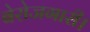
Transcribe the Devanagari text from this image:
बेरोजगारी।